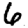
Digit: 6